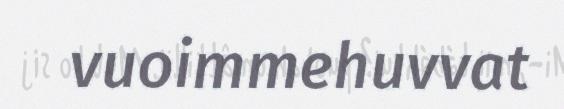
vuoimmehuvvat